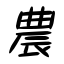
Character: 農